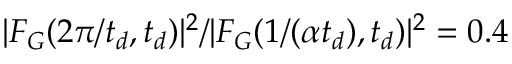
| F _ { G } ( 2 \pi / t _ { d } , t _ { d } ) | ^ { 2 } / | F _ { G } ( 1 / ( \alpha t _ { d } ) , t _ { d } ) | ^ { 2 } = 0 . 4